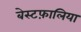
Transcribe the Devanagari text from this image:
बेस्टफ़ालिया